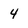
Character: 4